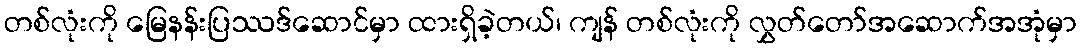
တစ်လုံးကို မြေနန်းပြဿဒ်ဆောင်မှာ ထားရှိခဲ့တယ်၊ ကျန် တစ်လုံးကို လွှတ်တော်အဆောက်အအုံမှာ